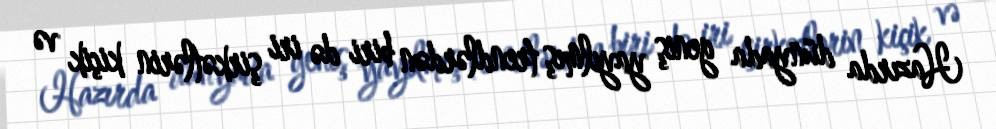
Hazırda dünyada geniş yayılmış trendlərdən biri də iri şirkətlərin kiçik və